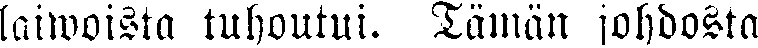
laiwoista tuhoutui. Tämän johdosta